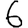
Digit: 6